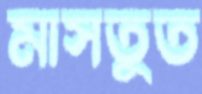
মাসতুত